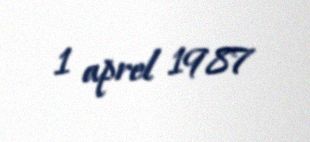
1 aprel 1987